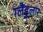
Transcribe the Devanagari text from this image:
ग्लैंडुलार